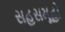
સહસમૂહો